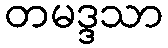
တမဒ္ဒသာ